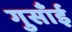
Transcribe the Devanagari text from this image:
गुसाँई